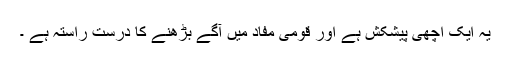
یہ ایک اچھی پیشکش ہے اور قومی مفاد میں آگے بڑھنے کا درست راستہ ہے ۔